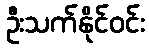
ဦးသက်နိုင်ဝင်း